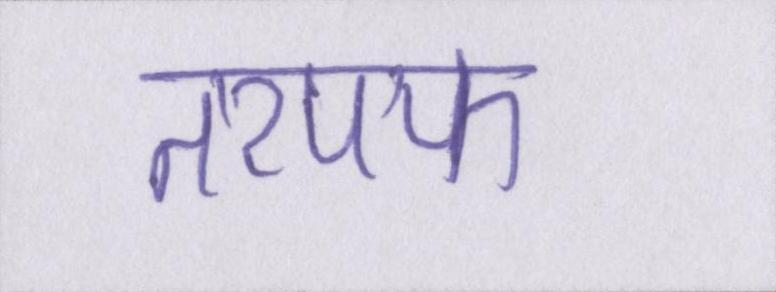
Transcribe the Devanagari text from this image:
तरपफ